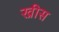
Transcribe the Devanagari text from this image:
ख्रीस